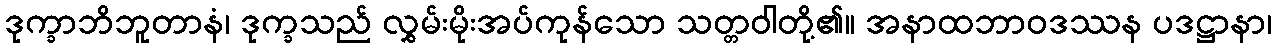
ဒုက္ခာဘိဘူတာနံ၊ ဒုက္ခသည် လွှမ်းမိုးအပ်ကုန်သော သတ္တဝါတို့၏။ အနာထဘာဝဒဿန ပဒဋ္ဌာနာ၊